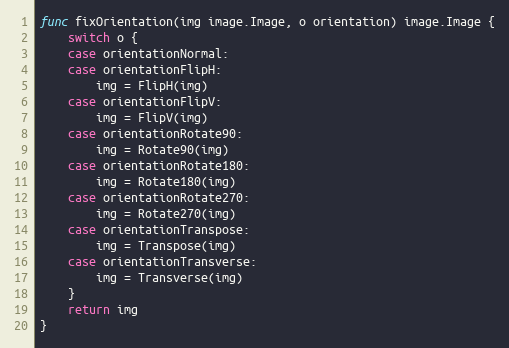
Language: Go
func fixOrientation(img image.Image, o orientation) image.Image {
	switch o {
	case orientationNormal:
	case orientationFlipH:
		img = FlipH(img)
	case orientationFlipV:
		img = FlipV(img)
	case orientationRotate90:
		img = Rotate90(img)
	case orientationRotate180:
		img = Rotate180(img)
	case orientationRotate270:
		img = Rotate270(img)
	case orientationTranspose:
		img = Transpose(img)
	case orientationTransverse:
		img = Transverse(img)
	}
	return img
}